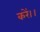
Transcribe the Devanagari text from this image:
करें।।